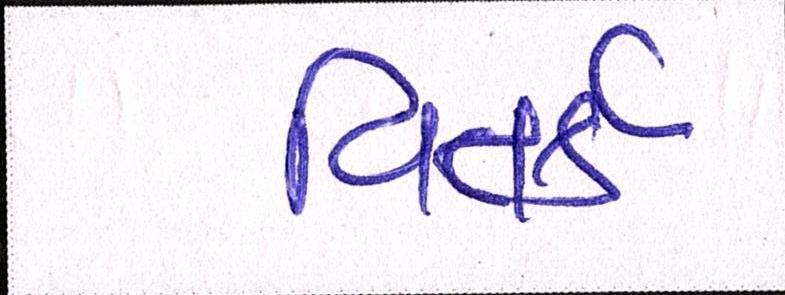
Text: વિતર્ક